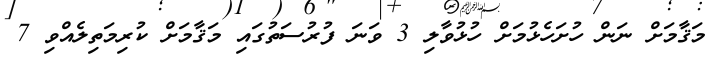
މަޤާމަށް ނަން ހުށަހެޅުމަށް ހުޅުވާލި 3 ވަނަ ފުރުސަތުގައި މަޤާމަށް ކުރިމަތިލެއްވި 7